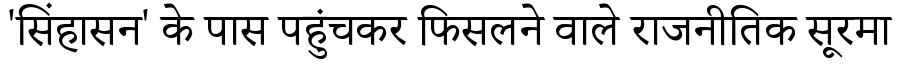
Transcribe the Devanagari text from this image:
'सिंहासन' के पास पहुंचकर फिसलने वाले राजनीतिक सूरमा